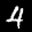
Label: 4